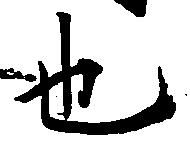
也